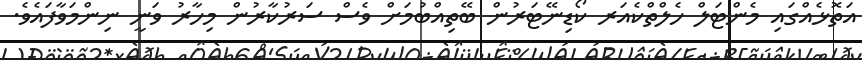
އަތޮޅެއްގައި މެންޓަލް ހެލްތްކެއަރ ކޯޑިނޭޓަރުން ބޭތިއްބުމަށް ވެސް ސަރުކާރުން މިހާރު ވަނީ ނިންމަވާފައެވެ.